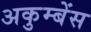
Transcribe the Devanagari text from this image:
अकुम्बेंस